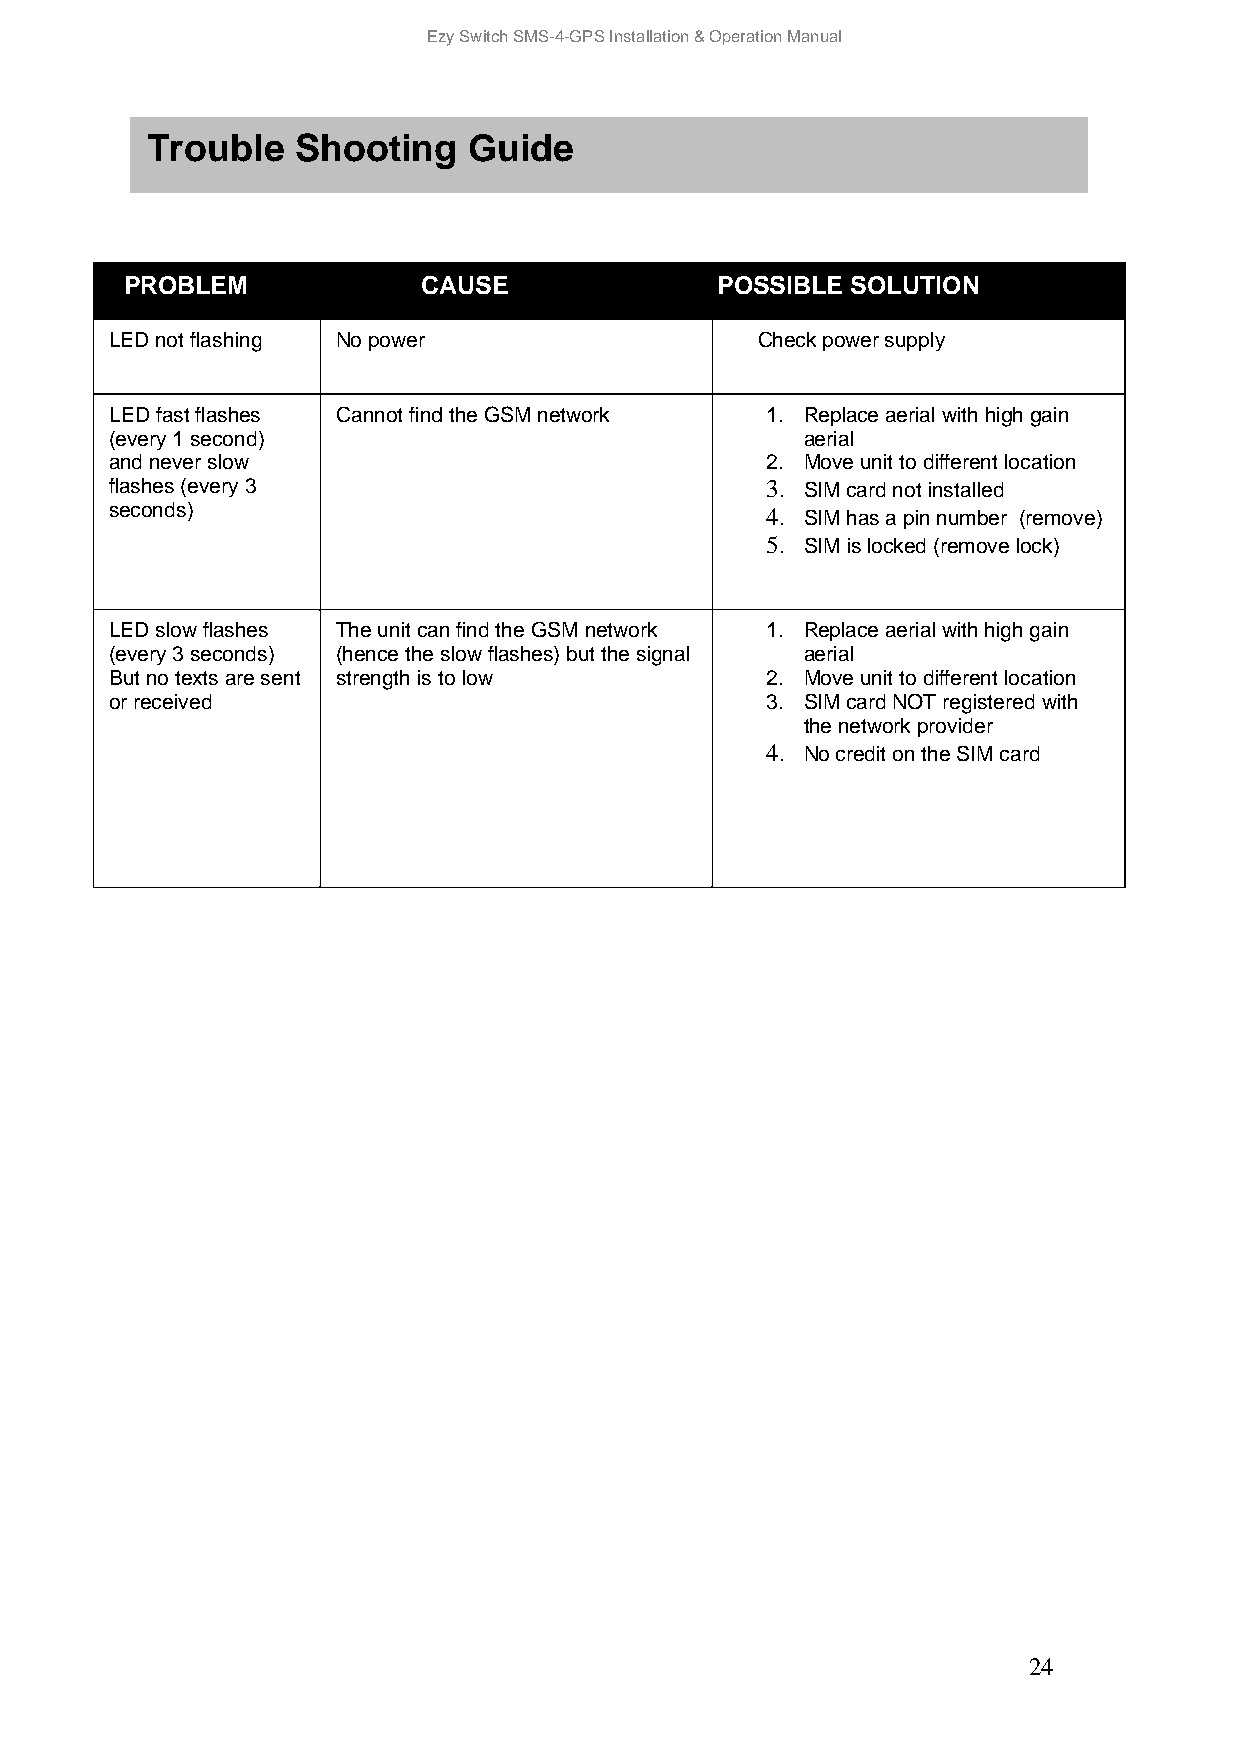
Ezy Switch SMS-4-GPS Installation & Operation Manual
 Tro uble  Shooting   Guide
 PROB LEM            CAUSE              POSSIBLE SOLUTION
 LED not flashing No power                  Check power supply
 LED fast flashes Cannot find the GSM network 1. Replace aerial with high gain
 (every 1 second)                              aerial
 and never slow                              2. Move unit to different location
 flashes (every 3                            3. SIM card not installed
 seconds)                                    4. SIM has a pin number (remove)
 5. SIM is locked (remove lock)
 LED slow flashes The unit can find the GSM network 1. Replace aerial with high gain
 (every 3 seconds) (hence the slow flashes) but the signal aerial
 But no texts are sent strength is to low    2. Move unit to different location
 or received                                 3. SIM card NOT registered with
 the network provider
 4. No credit on the SIM card
 24